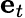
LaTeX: {\mathbf e}_{t}